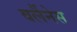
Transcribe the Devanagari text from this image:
वर्लैनेस